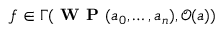
f \in \Gamma ( { \textbf { W P } } ( a _ { 0 } , \ldots , a _ { n } ) , { \mathcal { O } } ( a ) )